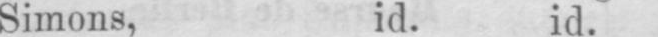
Simons, id. id.